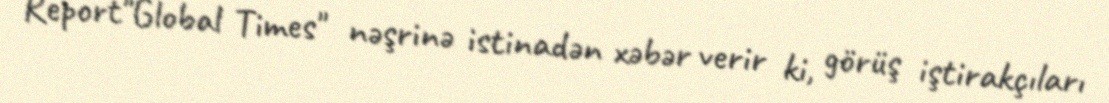
Report"Global Times" nəşrinə istinadən xəbər verir ki, görüş iştirakçıları